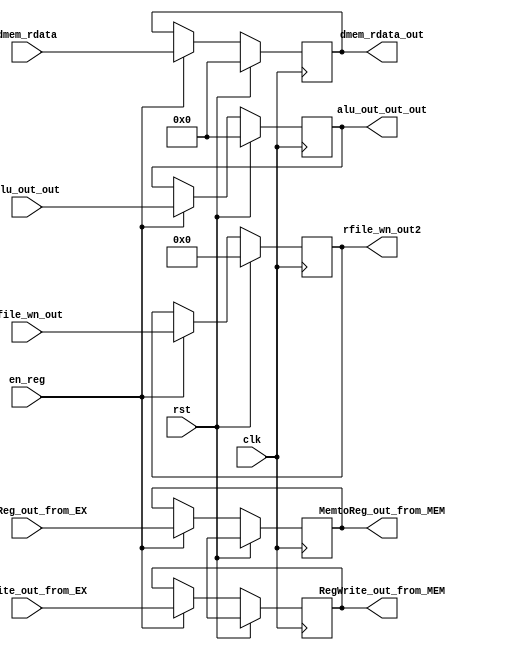

module MEM_WB( en_reg, clk, rst, MemtoReg_out_from_EX, RegWrite_out_from_EX, 
               MemtoReg_out_from_MEM, RegWrite_out_from_MEM,
			   dmem_rdata, dmem_rdata_out,
               alu_out_out, alu_out_out_out,
			   rfile_wn_out, rfile_wn_out2);

input clk, rst, en_reg, MemtoReg_out_from_EX, RegWrite_out_from_EX;
input [4:0] rfile_wn_out;
input [31:0] alu_out_out, dmem_rdata;

output MemtoReg_out_from_MEM, RegWrite_out_from_MEM;
output [31:0] dmem_rdata_out, alu_out_out_out;
output [4:0] rfile_wn_out2;

reg MemtoReg_out_from_MEM, RegWrite_out_from_MEM;
reg [31:0] dmem_rdata_out, alu_out_out_out;
reg [4:0] rfile_wn_out2;


always@( posedge clk )
begin
  if( rst )
  begin
    MemtoReg_out_from_MEM <= 1'bx; RegWrite_out_from_MEM <= 1'bx;

    dmem_rdata_out <= 32'd0;
    alu_out_out_out <= 32'd0;
	rfile_wn_out2 <= 5'd0;
  end
  else if ( en_reg )
  begin
    MemtoReg_out_from_MEM <= MemtoReg_out_from_EX; RegWrite_out_from_MEM <= RegWrite_out_from_EX;
	
    dmem_rdata_out <= dmem_rdata;
    alu_out_out_out <= alu_out_out;
    rfile_wn_out2 <= rfile_wn_out;
  end
end

endmodule